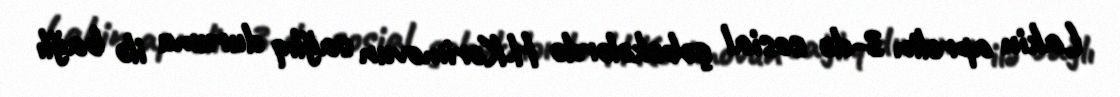
Lakin aprelin 3-də sosial şəbəkələrdə H.Kərimovun sağlıq durumu ilə bağlı